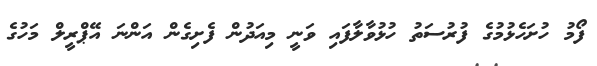
ފޯމު ހުށަހެޅުމުގެ ފުރުސަތު ހުޅުވާލާފައި ވަނީ މިއަދުން ފެށިގެން އަންނަ އޭޕްރީލް މަހުގެ